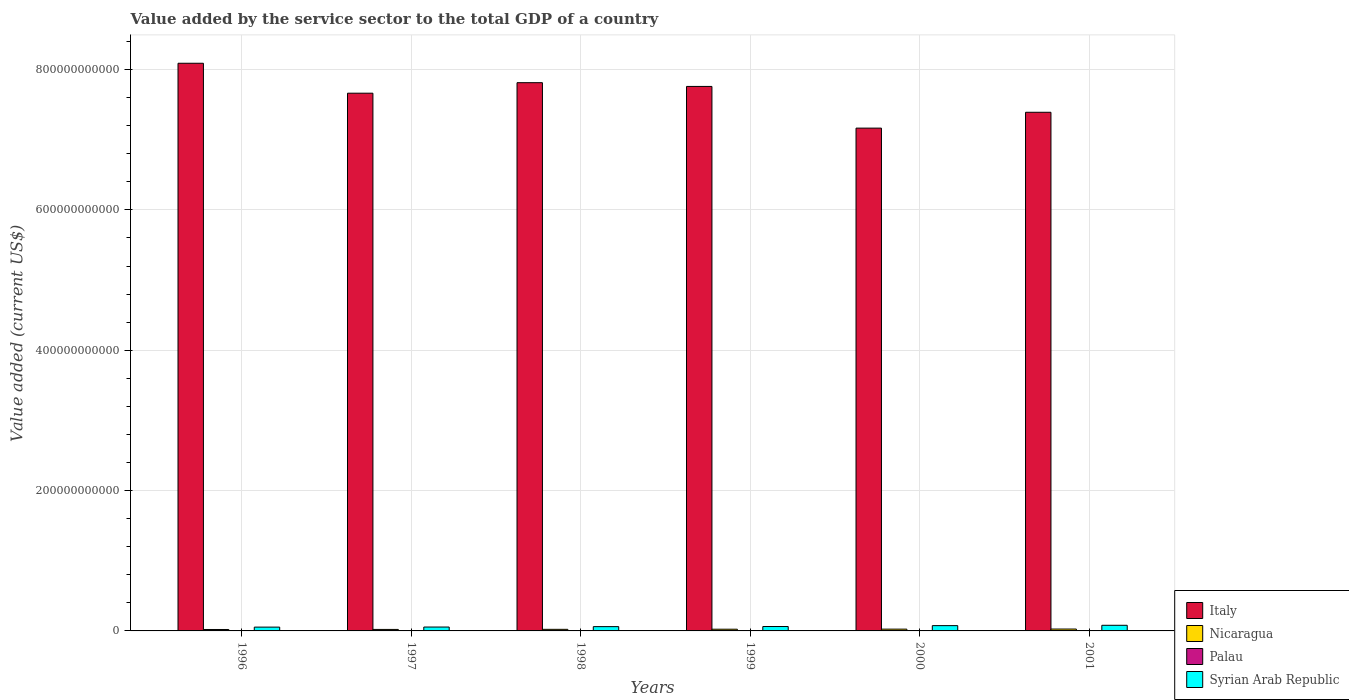
| Years | Italy | Nicaragua | Palau | Syrian Arab Republic |
 | --- | --- | --- | --- | --- |
 | 1996 | 8.09e+11 | 2.03e+09 | 9.31e+07 | 5.42e+09 |
 | 1997 | 7.66e+11 | 2.13e+09 | 9.81e+07 | 5.53e+09 |
 | 1998 | 7.81e+11 | 2.26e+09 | 9.7e+07 | 6.11e+09 |
 | 1999 | 7.76e+11 | 2.44e+09 | 9.29e+07 | 6.27e+09 |
 | 2000 | 7.16e+11 | 2.54e+09 | 1.06e+08 | 7.53e+09 |
 | 2001 | 7.39e+11 | 2.68e+09 | 1.09e+08 | 8.02e+09 |